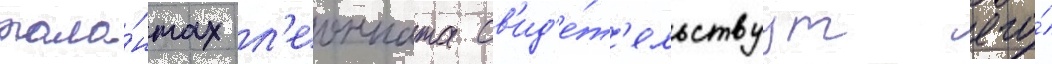
тала́нтах л'еонната св'ид'е́т'ельствуут его́